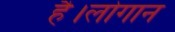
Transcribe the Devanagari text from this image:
है।लोगान